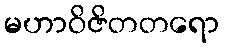
မဟာဝိဇိတတရော